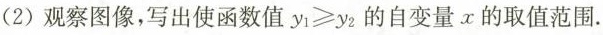
(2)观察图像，写出使函数值$$ y_1\gey_2 $$的自变量x的取值范围。